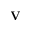
\mathbf { V }